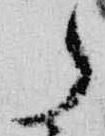
了